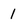
Character: 1